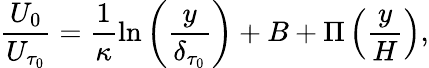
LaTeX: \frac{U_{0}}{U_{\tau_{0}}}=\frac{1}{\kappa}\ln\left(\frac{y}{\delta_{\tau_{0}}}\right)+B+\Pi\left(\frac{y}{H}\right),